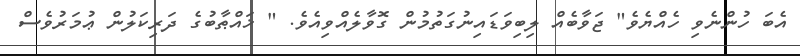
އެބަ ހުންނެވި ހެއްޔެވެ" ޖަވާބެއް ލިބިވަޑައިނުގަތުމުން ގޮވާލެއްވިއެވެ. " ޚައްޠާބުގެ ދަރިކަލުން ޢުމަރުވެސް